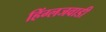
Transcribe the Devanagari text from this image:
हिंग्लजवाडी